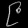
Digit: ၉